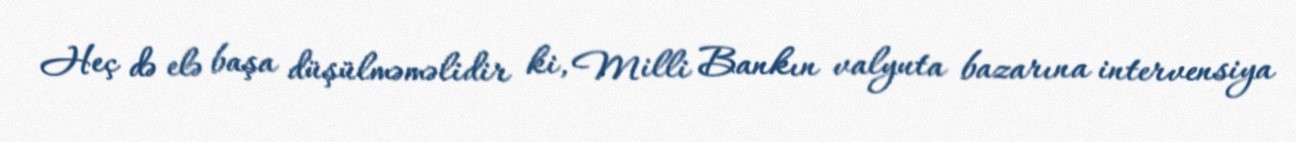
Heç də elə başa düşülməməlidir ki, Milli Bankın valyuta bazarına intervensiya